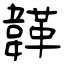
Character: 韚